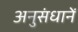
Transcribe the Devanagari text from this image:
अनुसंधानें